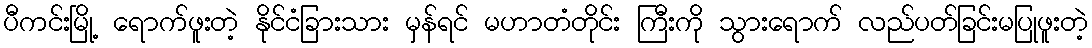
ပီကင်းမြို့ ရောက်ဖူးတဲ့ နိုင်ငံခြားသား မှန်ရင် မဟာတံတိုင်း ကြီးကို သွားရောက် လည်ပတ်ခြင်းမပြုဖူးတဲ့